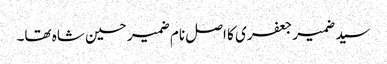
سید ضمیر جعفری کا اصل نام ضمیر حسین شاہ تھا۔